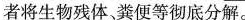
者将生物残体、粪便等彻底分解。